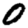
Digit: 0